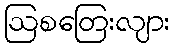
ဩစတြေးလျား